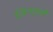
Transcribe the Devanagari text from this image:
लिंगसची